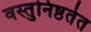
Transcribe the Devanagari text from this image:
वस्तुनिष्ठतेत